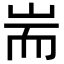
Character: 耑